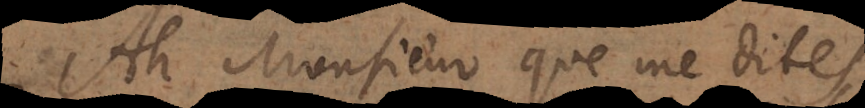
Ah Monsieur que me dites